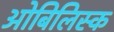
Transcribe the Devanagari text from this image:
ओबिलिस्क